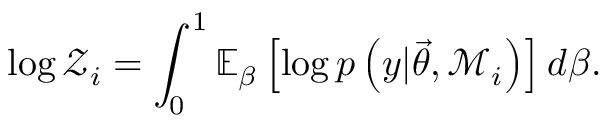
\log \mathcal { Z } _ { i } = \int _ { 0 } ^ { 1 } \mathbb { E } _ { \beta } \left[ \log p \left( y \vert \ensuremath { \vec { \theta } } , \mathcal { M } _ { i } \right) \right] d \beta .